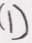
( 1 )